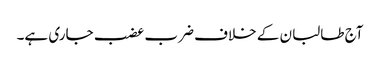
آج طالبان کے خلاف ضرب عضب جاری ہے۔